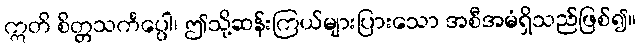
ဣတိ စိတ္တသင်္ကပ္ပေါ၊ ဤသို့ဆန်းကြယ်များပြားသော အစီအမံရှိသည်ဖြစ်၍။